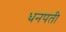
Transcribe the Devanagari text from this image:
धनपती